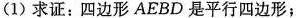
(1)求证：四边形AEBD是平行四边形；